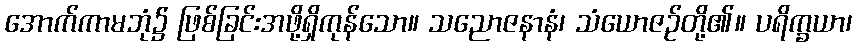
အောက်ကာမဘုံ၌ ဖြစ်ခြင်းအဖို့ရှိကုန်သော။ သညောဇနာနံ၊ သံယောဇဉ်တို့၏။ ပရိက္ခယာ၊